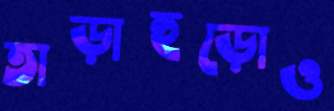
তাড়াহুড়োও